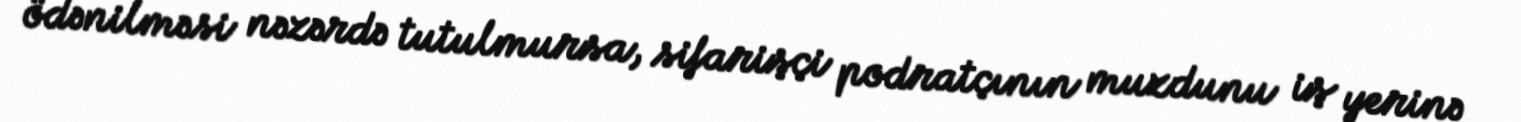
ödənilməsi nəzərdə tutulmursa, sifarişçi podratçının muzdunu iş yerinə